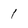
Character: 1